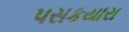
પસકયારા